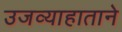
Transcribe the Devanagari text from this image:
उजव्याहाताने